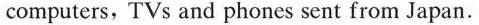
computers, TVs and phones sent from Japan.